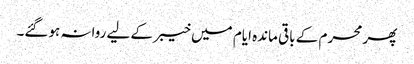
پھر محرم کے باقی ماندہ ایام میں خیبر کے لیے روانہ ہوگئے۔